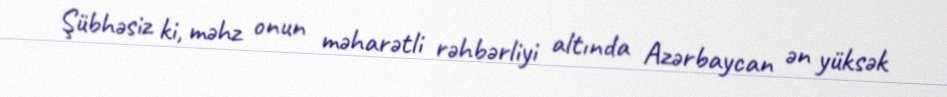
Şübhəsiz ki, məhz onun məharətli rəhbərliyi altında Azərbaycan ən yüksək